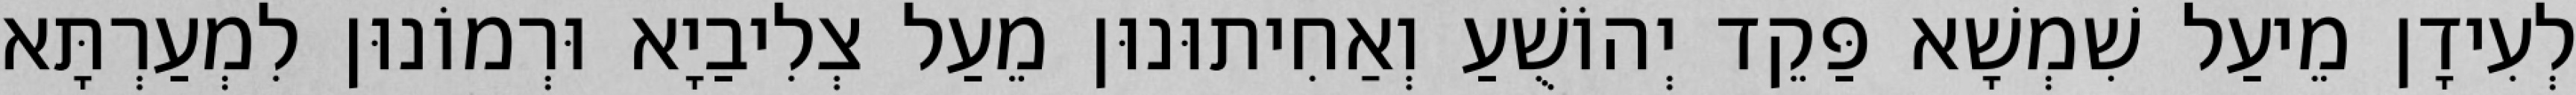
לְעִידָן מֵיעַל שִׁמְשָׁא פַּקֵד יְהוֹשֻׁעַ וְאַחִיתוּנוּן מֵעַל צְלִיבַיָא וּרְמוֹנוּן לִמְעַרְתָּא